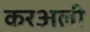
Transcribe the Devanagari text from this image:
करअली